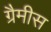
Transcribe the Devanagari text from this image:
ग्रैमीस